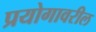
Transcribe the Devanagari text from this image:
प्रयोगावरील